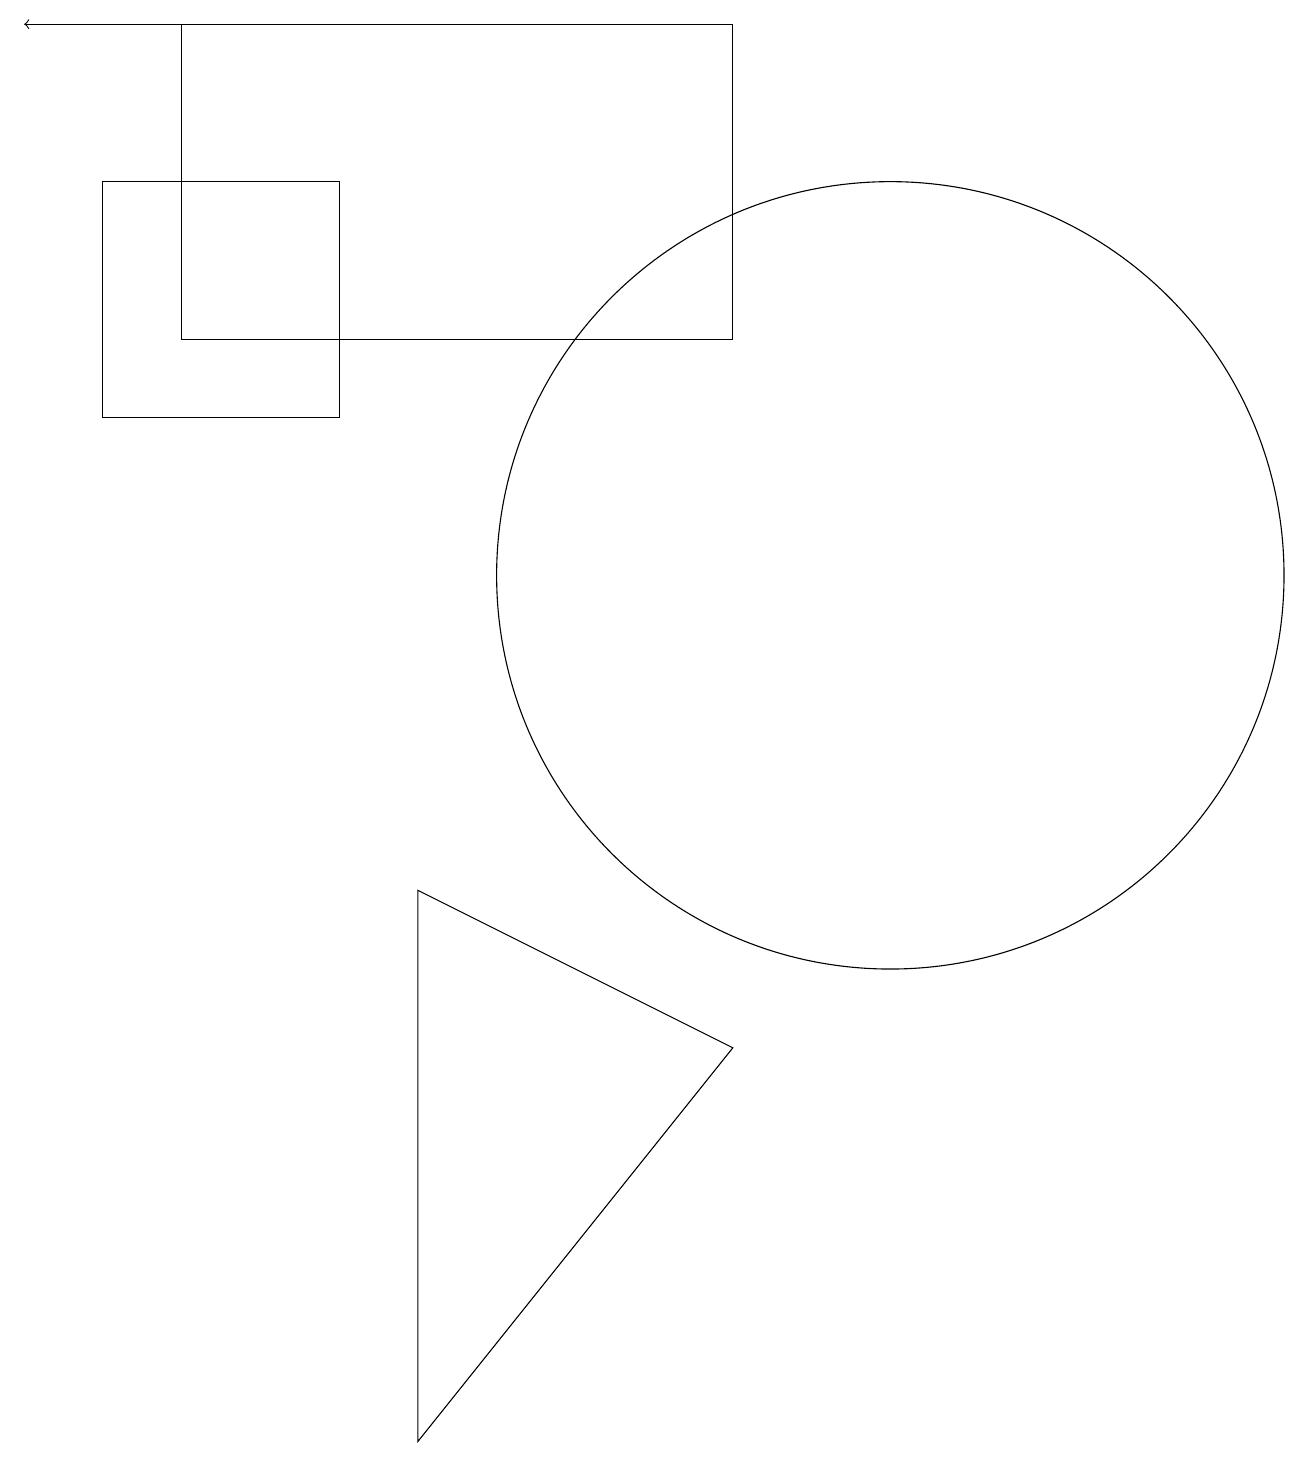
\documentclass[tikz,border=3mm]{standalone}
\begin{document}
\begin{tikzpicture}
\draw (11,11) circle (5);
\draw (2,14) rectangle (9,18);
\draw (9,5) -- (5,7) -- (5,0) -- cycle;
\draw[->] (6,18) -- (0,18);
\draw (1,16) rectangle (4,13);
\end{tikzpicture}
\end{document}